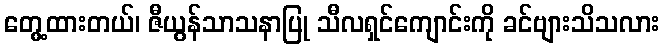
တွေ့ထားတယ်၊ ဇီယွန်သာသနာပြု သီလရှင်ကျောင်းကို ခင်ဗျားသိသလား